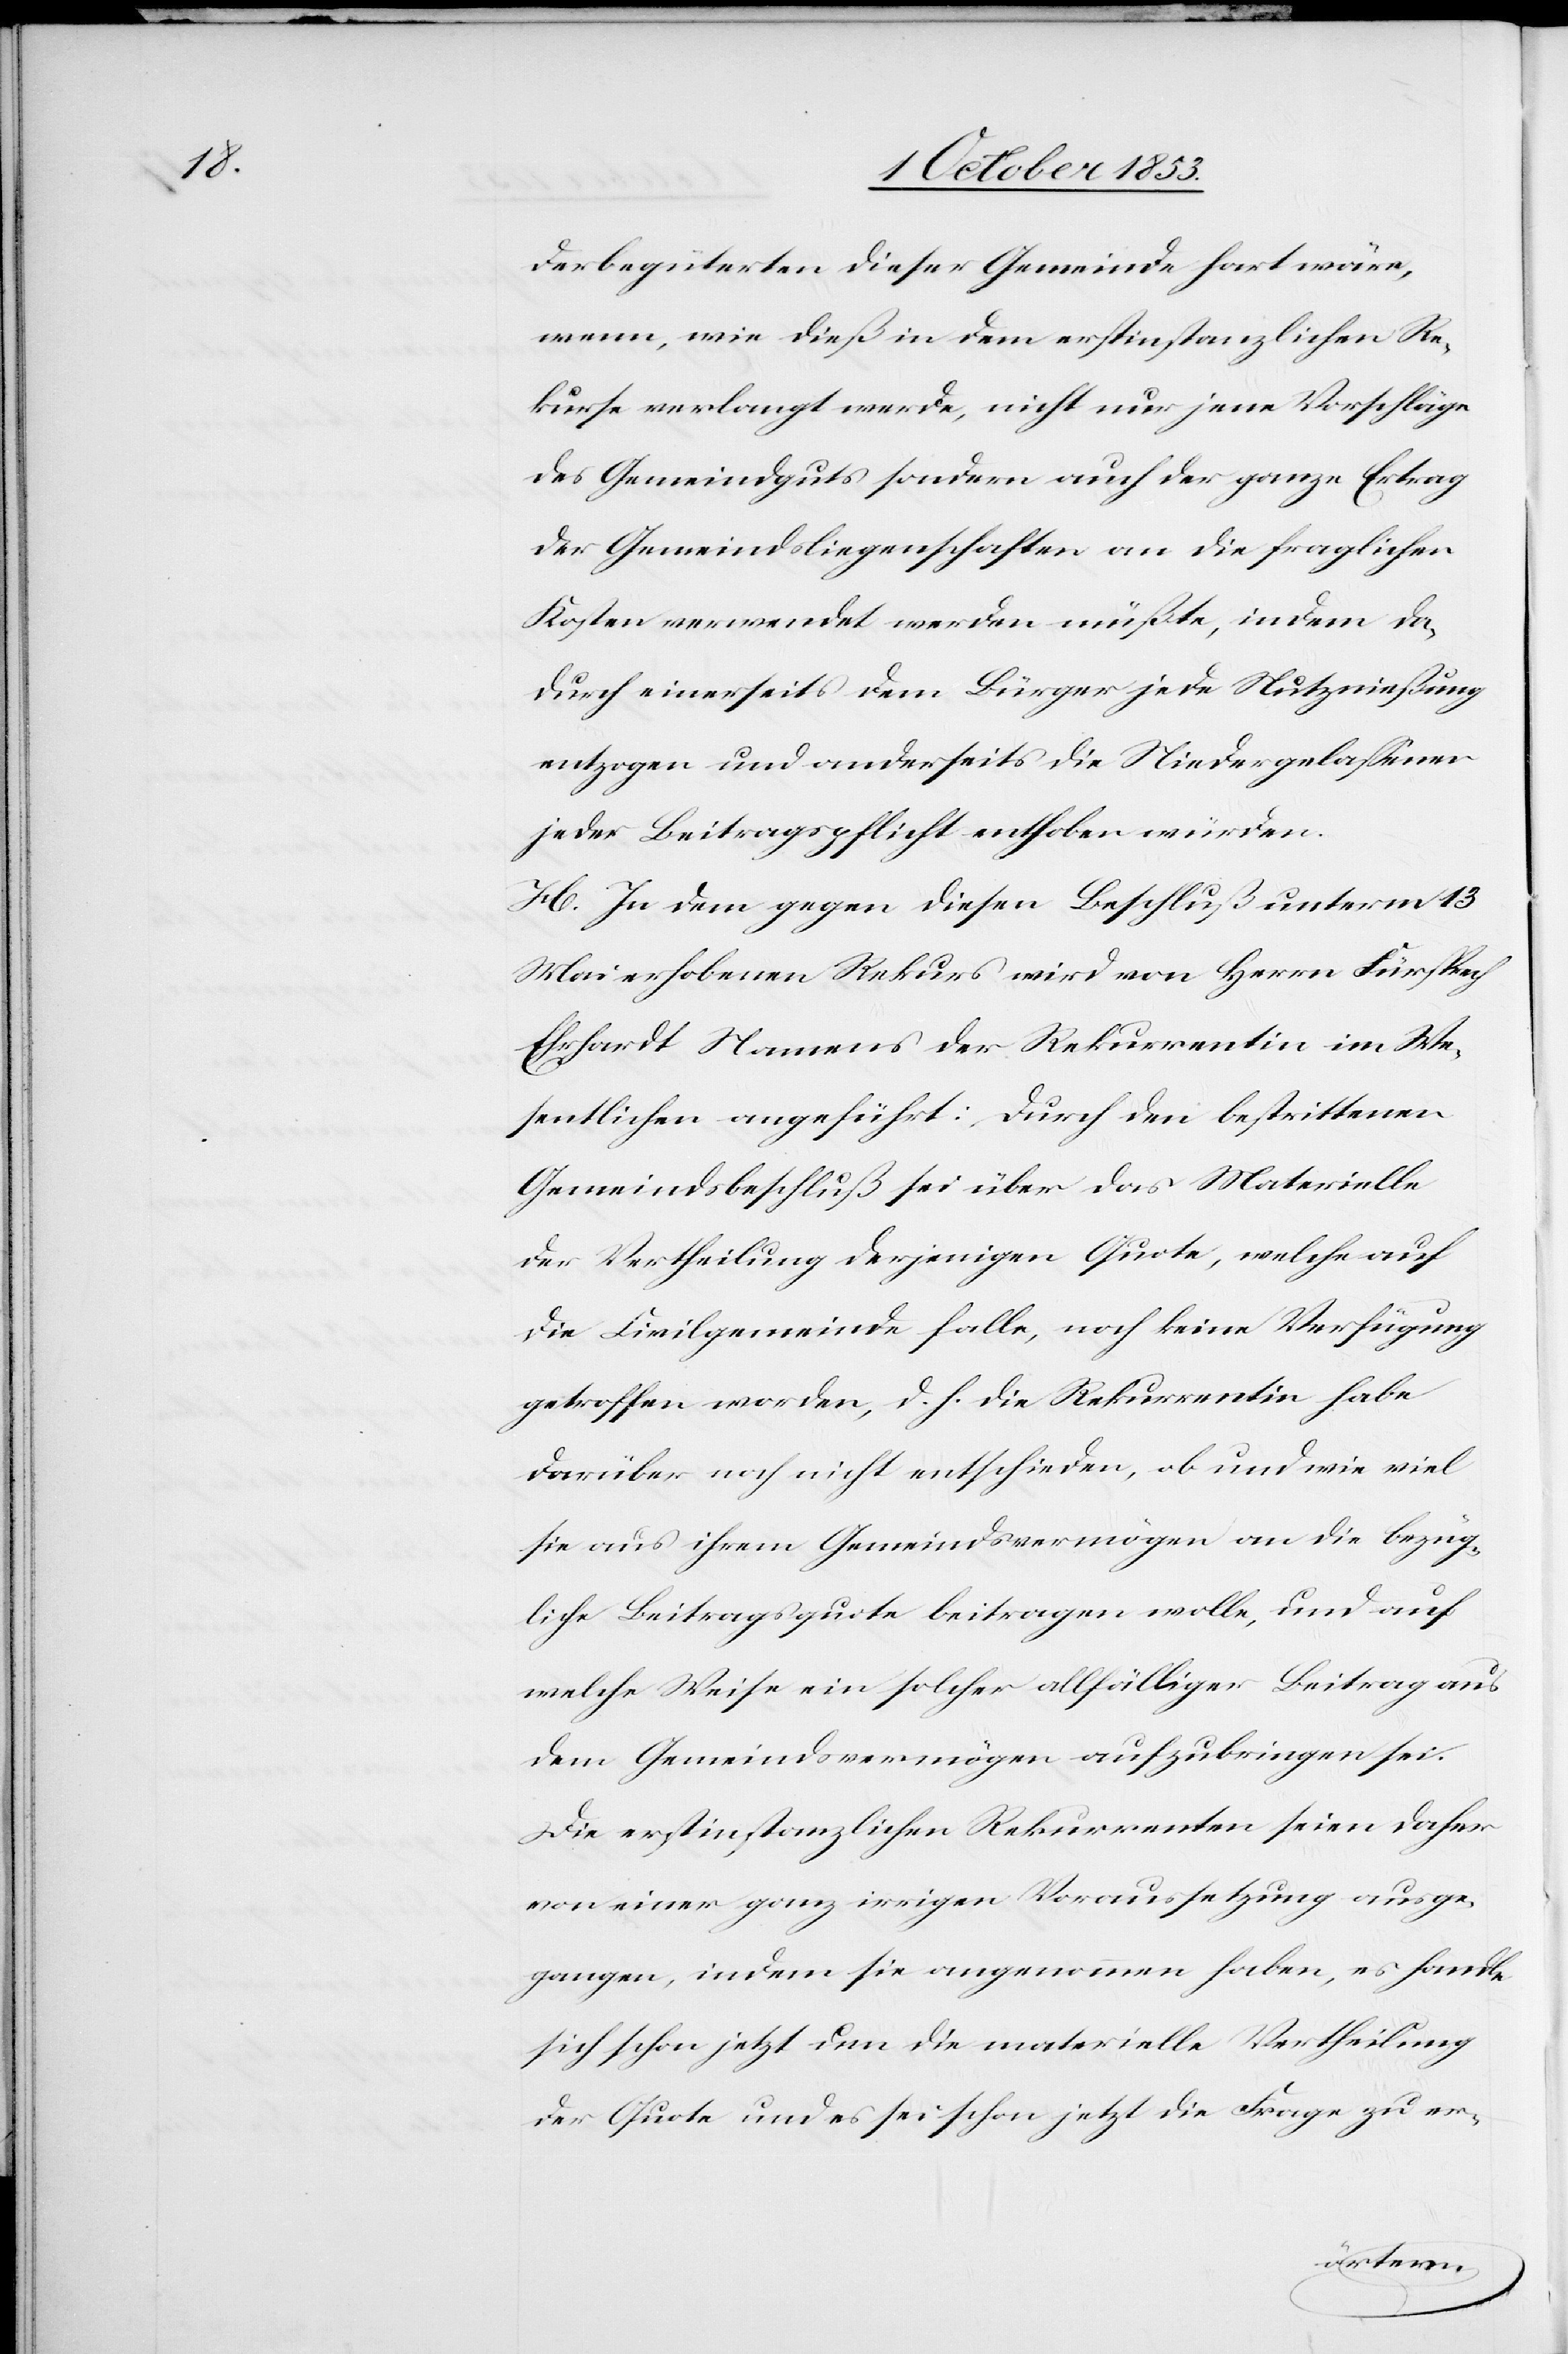
derbegüterten dieser Gemeinde hart wäre,
wenn, wie dieß in dem erstinstanzlichen Re¬
kurse verlangt werde, nicht nur jene Vorschläge
des Gemeindguts sondern auch der ganze Ertrag
der Gemeindsliegenschaften an die fraglichen
Kosten verwendet werden müßte, indem da¬
durch einerseits der Bürger jede Nutznießung
entzogen und anderseits die Niedergelaßenen
jeder Beitragspflicht enthoben würden.
H. In dem gegen diesen Beschluß unterm 13
Mai erhobenen Rekurs wird von Herrn Fürsprech
Ehrhardt Namens der Rekurrentin im We¬
sentlichen angeführt: Durch den bestrittenen
Gemeindsbeschluß sei über das Materielle
der Vertheilung derjenigen Quote, welche auf
die Civilgemeinde falle, noch keine Verfügung
getroffen worden, d. h. die Rekurrentin habe
darüber noch nicht entschieden, ob und wie viel
sie aus ihrem Gemeindsvermögen an die bezüg¬
liche Beitragsquote beitragen wolle, und auf
welche Weise ein solcher allfälliger Beitrag aus
dem Gemeindsvermögen aufzubringen sei.
Die erstinstanzlichen Rekurrenten seien daher
von einer ganz irrigen Voraussetzung ausge¬
gangen, indem sie angenommen haben, es handle
sich schon jetzt um die materielle Vertheilung
der Quote und es sei schon jetzt die Frage zu er-